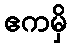
ဧကမှိ